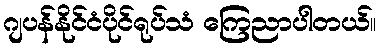
ဂျပန်နိုင်ငံပိုင်ရုပ်သံ ကြေညာပါတယ်။